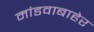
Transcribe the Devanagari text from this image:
मांडवाबाहेर